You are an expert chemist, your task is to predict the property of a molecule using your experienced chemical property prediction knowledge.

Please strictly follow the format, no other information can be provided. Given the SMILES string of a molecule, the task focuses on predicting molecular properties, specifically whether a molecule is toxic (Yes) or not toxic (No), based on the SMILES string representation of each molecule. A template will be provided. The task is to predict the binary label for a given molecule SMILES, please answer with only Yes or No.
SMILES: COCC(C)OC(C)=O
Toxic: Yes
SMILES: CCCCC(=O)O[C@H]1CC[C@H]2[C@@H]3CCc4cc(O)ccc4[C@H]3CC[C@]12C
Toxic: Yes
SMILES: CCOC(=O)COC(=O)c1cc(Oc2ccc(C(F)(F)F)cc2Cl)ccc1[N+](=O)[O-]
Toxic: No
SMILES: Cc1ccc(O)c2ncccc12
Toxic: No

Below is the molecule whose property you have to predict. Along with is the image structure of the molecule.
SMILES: CN1C[C@H](CNC(=O)OCc2ccccc2)C[C@@H]2c3cccc4c3c(cn4C)C[C@H]21
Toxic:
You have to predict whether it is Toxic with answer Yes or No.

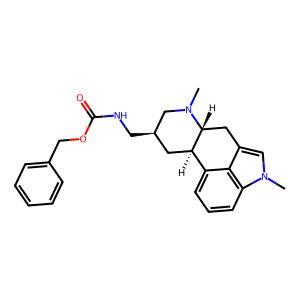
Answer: No